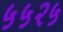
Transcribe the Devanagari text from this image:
५५२५